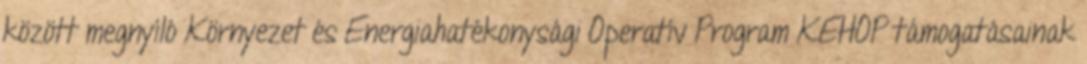
között megnyíló Környezet és Energiahatékonysági Operatív Program KEHOP támogatásainak